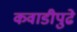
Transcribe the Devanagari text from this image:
कवाडीपुढे